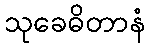
သုခေဓိတာနံ